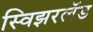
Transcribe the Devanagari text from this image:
स्विझरलॅड